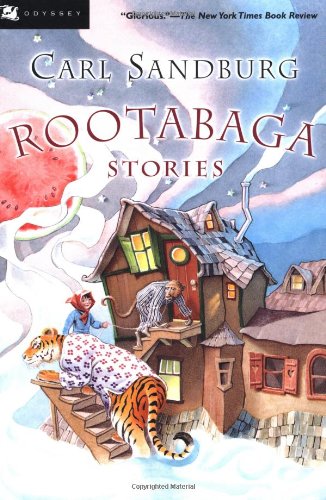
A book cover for Rootabaga Stories; Carl Sandburg; Children's Books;